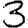
Digit: 3